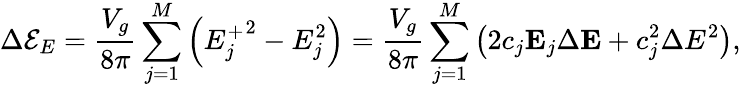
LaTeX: \Delta\mathcal{E}_{E}=\frac{V_{g}}{8\pi}\sum_{j=1}^{M}\left({E_{j}^{+}}^{2}-E_{j}^{2}\right)=\frac{V_{g}}{8\pi}\sum_{j=1}^{M}\left(2c_{j}\mathbf{E}_{j}\Delta\mathbf{E}+c_{j}^{2}\Delta E^{2}\right),